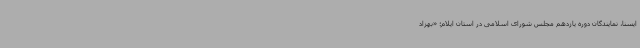
ایسنا، نمایندگان دوره یازدهم مجلس شورای اسلامی در استان ایلام؛ «بهزاد